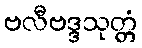
ဗလီဗဒ္ဒသုတ္တံ